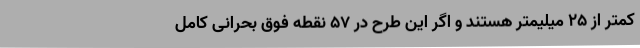
کمتر از 25 میلیمتر هستند و اگر این طرح در 57 نقطه فوق بحرانی کامل